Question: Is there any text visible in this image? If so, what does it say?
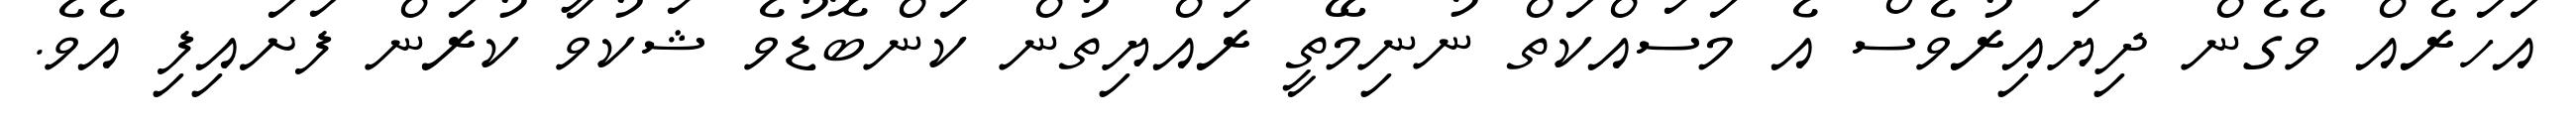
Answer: އަހަރެއް ވެގެން ދިޔައިރުވެސް އެ މަސައްކަތް ނުނިމޭތީ ރައްޔިތުން ކަންބޮޑުވެ ޝަކުވާ ކުރަން ފަށައިފި އެވެ.